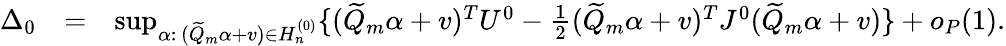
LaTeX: \begin{array}{rlr}{\Delta_{0}}&{=}&{\operatorname*{sup}_{\alpha:\, (\widetilde{Q}_{m}\alpha+v)\in H_{n}^{(0)}}\{ (\widetilde{Q}_{m}\alpha+v)^{T}U^{0}-\frac{1}{2}(\widetilde{Q}_{m}\alpha+v)^{T}J^{0}(\widetilde{Q}_{m}\alpha+v)\} +o_{P}(1).}\end{array}